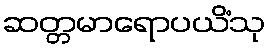
ဆတ္တမာရောပယိံသု